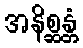
အနိစ္ဆန္တံ